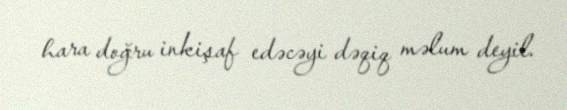
hara doğru inkişaf edəcəyi dəqiq məlum deyil.